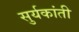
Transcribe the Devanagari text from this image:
सुर्यकांती